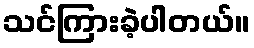
သင်ကြားခဲ့ပါတယ်။